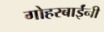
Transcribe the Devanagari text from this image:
गोहरबाईंनी